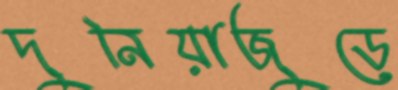
দুনিয়াজুড়ে